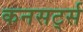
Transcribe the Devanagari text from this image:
कनसर्ट्स